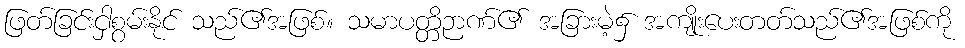
ဖြတ်ခြင်းငှါစွမ်းနိုင် သည်၏အဖြစ်။ သမာပတ္တိဉာဏ်၏ အခြားမဲ့၌ အကျိုးပေးတတ်သည်၏အဖြစ်ကို